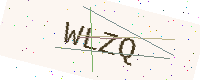
Text: WLZQ